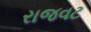
રાજવટ